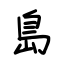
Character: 島